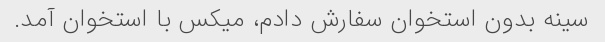
سینه بدون استخوان سفارش دادم، میکس با استخوان آمد.